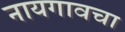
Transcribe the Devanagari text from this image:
नायगावचा